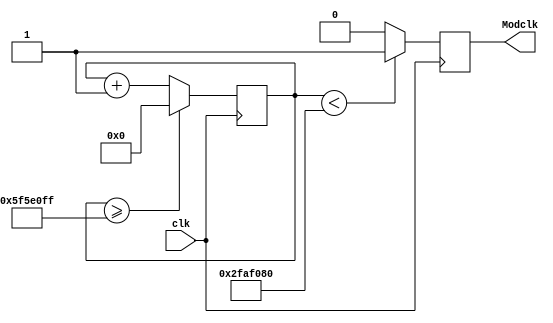
`timescale 1ns / 1ps
//////////////////////////////////////////////////////////////////////////////////
// Company: 
// Engineer: 
// 
// Design Name: 
// Module Name: Clock_Divider
// Project Name: 
// Target Devices: 
// Tool Versions: 
// Description: 
// 
// Dependencies: 
// 
// Revision:
// Revision 0.01 - File Created
// Additional Comments:
// 
//////////////////////////////////////////////////////////////////////////////////


module Clock_Divider(clk,Modclk
    );
input clk;
output reg Modclk; 
reg[27:0] counter;
parameter DIVISOR = 28'd100000000;
initial counter = 0;

always @(posedge clk)
begin
 counter <= counter + 28'd1;
 if(counter>=(DIVISOR-1))
  counter <= 28'd0;

 Modclk <= (counter<DIVISOR/2)?1'b1:1'b0;

end
endmodule